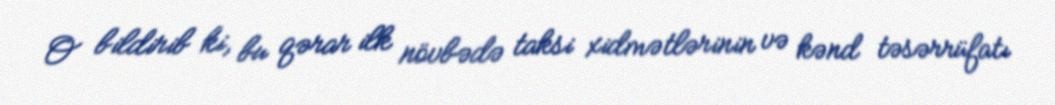
O bildirib ki, bu qərar ilk növbədə taksi xidmətlərinin və kənd təsərrüfatı